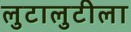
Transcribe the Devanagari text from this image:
लुटालुटीला